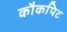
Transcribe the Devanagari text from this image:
कौकपिट